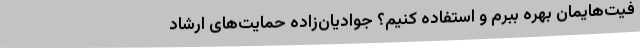
فیت‌هایمان بهره ببرم و استفاده کنیم؟ جوادیان‌زاده حمایت‌های ارشاد